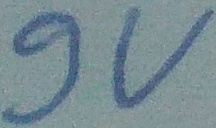
Text: 9v